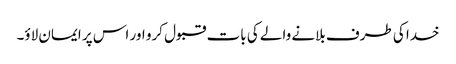
خدا کی طرف بلانے والے کی بات قبول کرو اور اس پر ایمان لاؤ۔